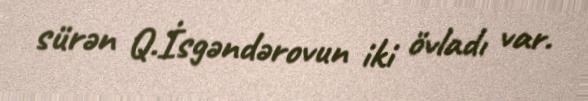
sürən Q.İsgəndərovun iki övladı var.